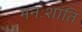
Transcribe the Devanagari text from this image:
मनःशांति